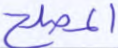
المصلح